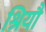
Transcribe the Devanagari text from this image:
श्रियौ